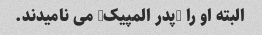
البته او را "پدر المپیک" می نامیدند.